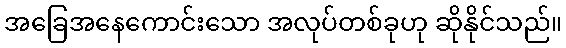
အခြေအနေကောင်းသော အလုပ်တစ်ခုဟု ဆိုနိုင်သည်။